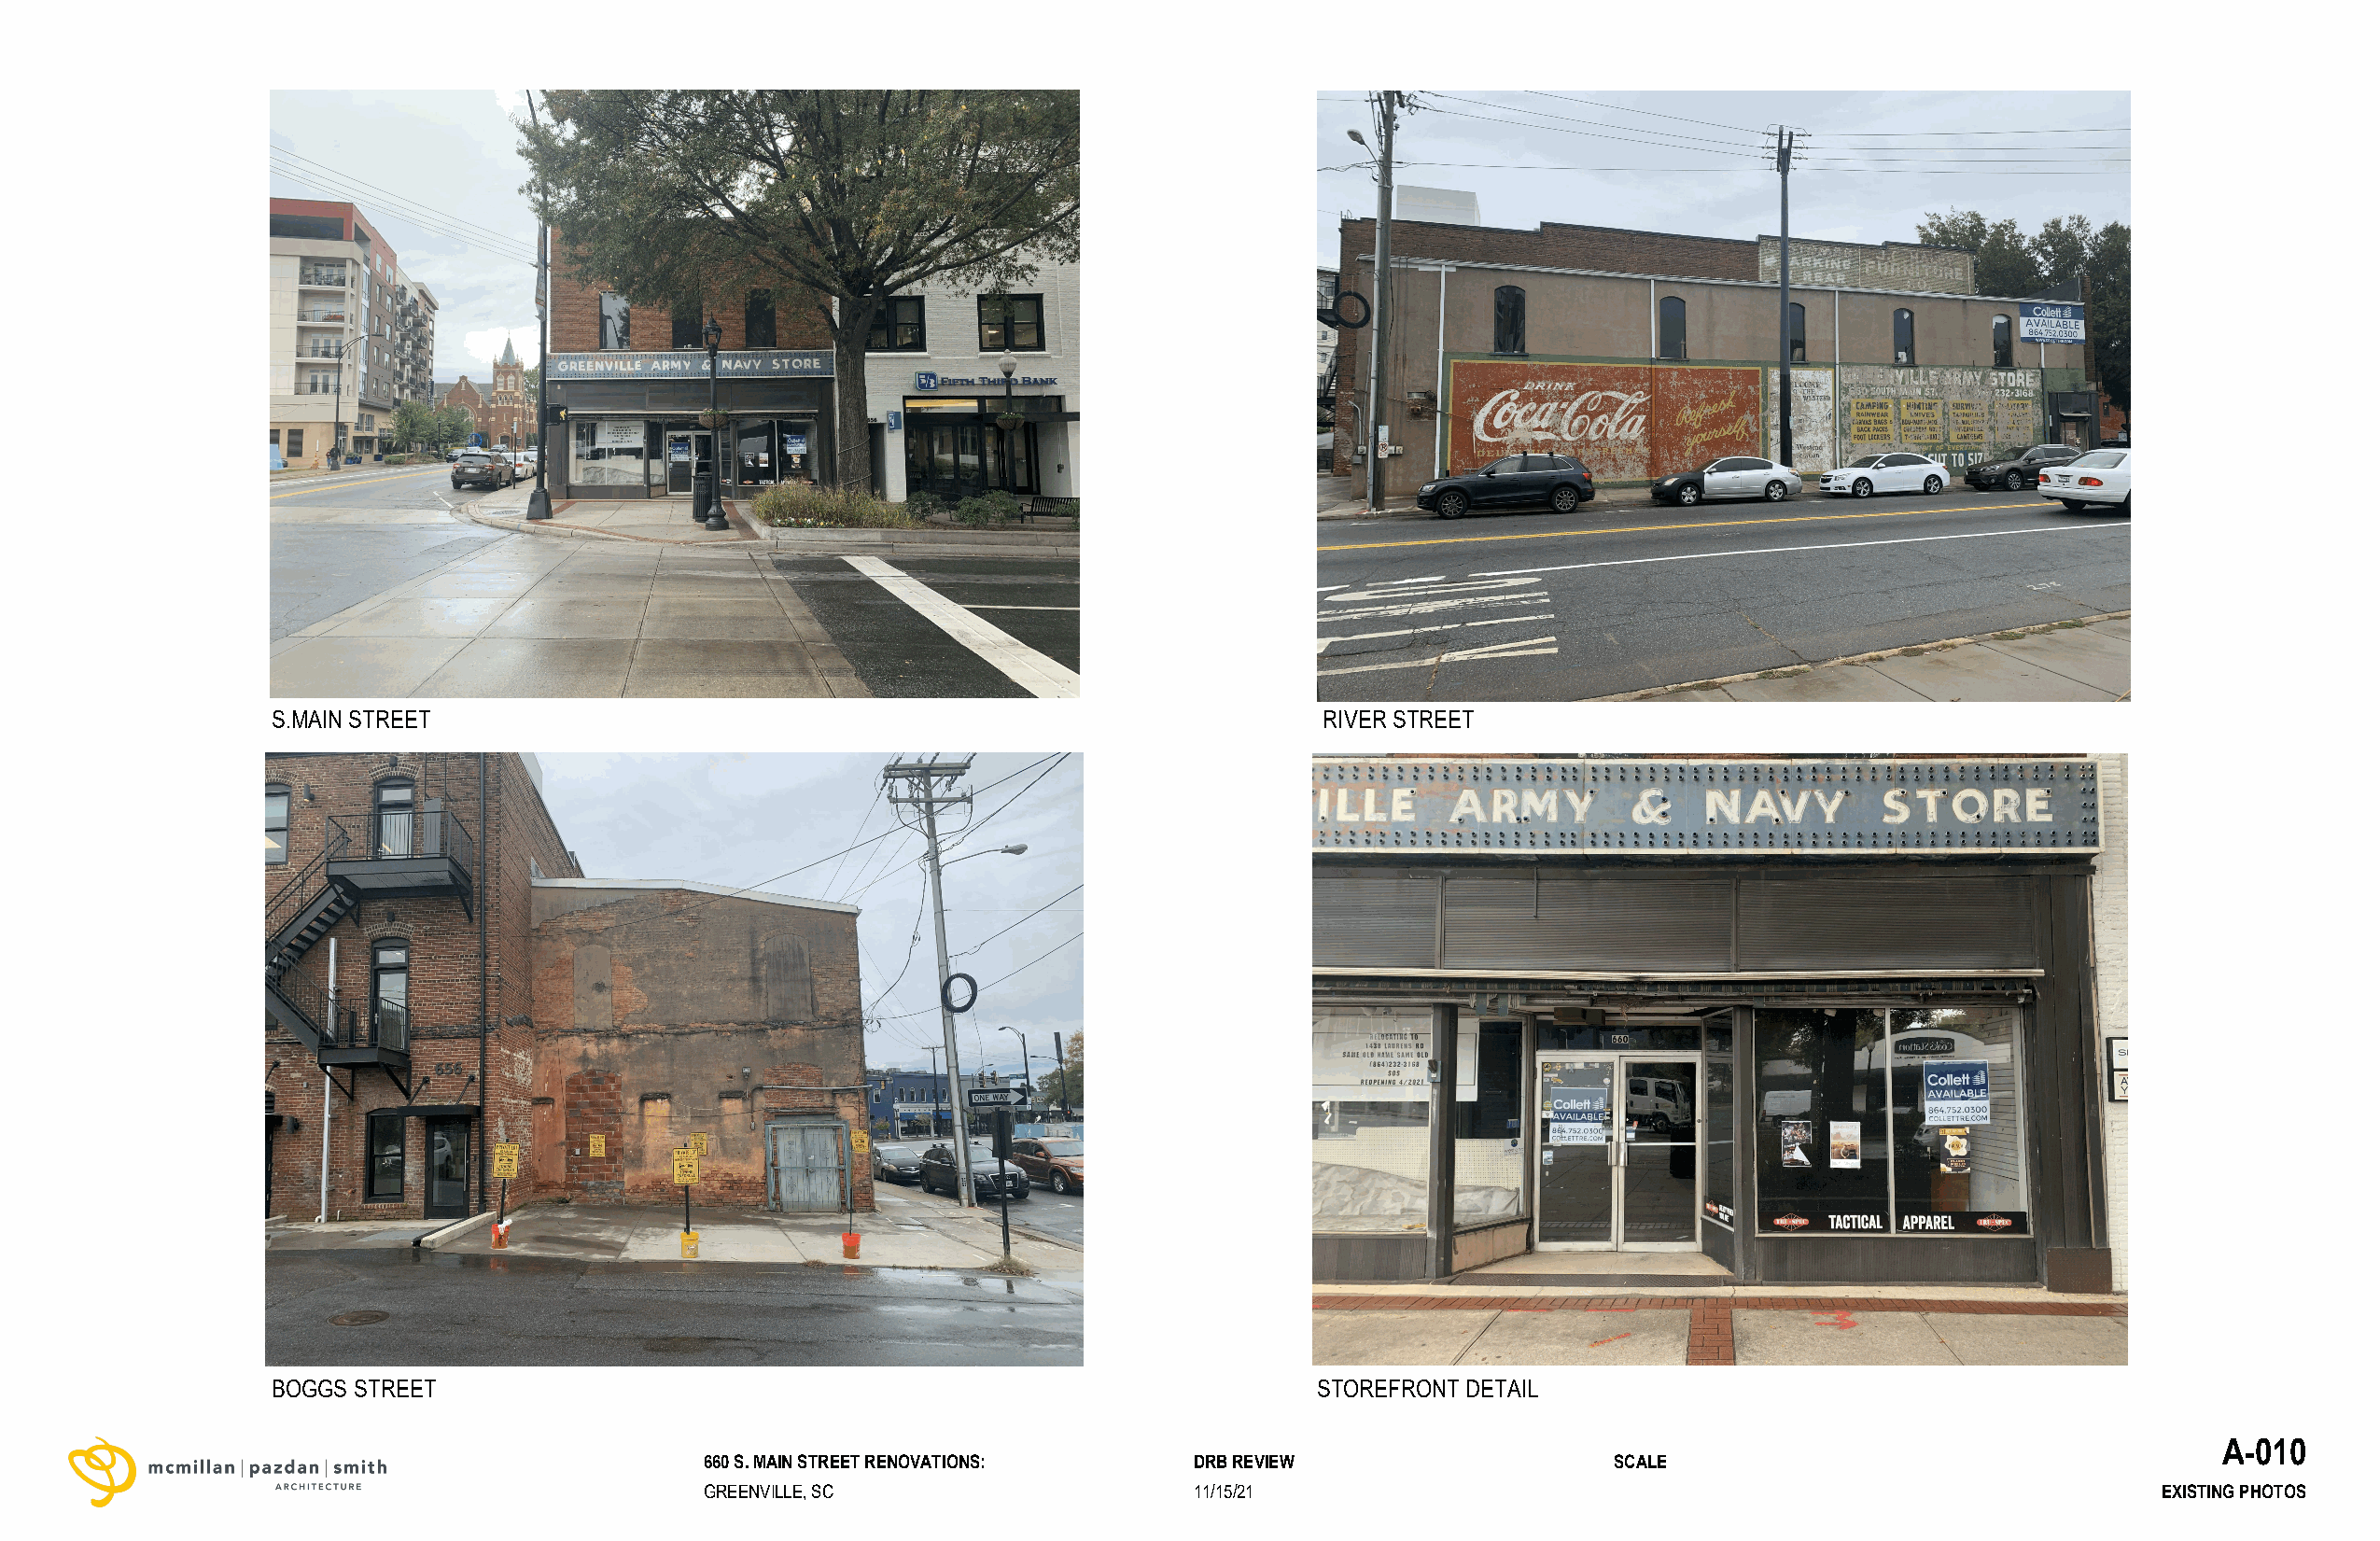
S.MAIN STREET                                                              RIVER STREET
 BOGGS STREET                                                              STOREFRONT DETAIL
 A-010
 660 S. MAIN STREET RENOVATIONS:    DRB REVIEW                    SCALE
 GREENVILLE, SC                     11/15/21                                                            EXISTING PHOTOS